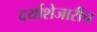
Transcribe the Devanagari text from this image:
दर्याशेजारीच